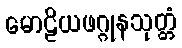
မောဠိယဖဂ္ဂုနသုတ္တံ